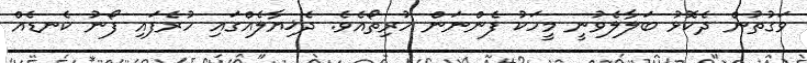
ވަގުތުން ދެކޮޅު ބަލާލެވުނީ މީހަކު ފެންނަން ހުރިތޯއެވެ. ދެޚިޔާލެއްގައި ހުރެފައި ފޯނު ކެނޑެއް